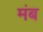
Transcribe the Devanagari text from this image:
मंब